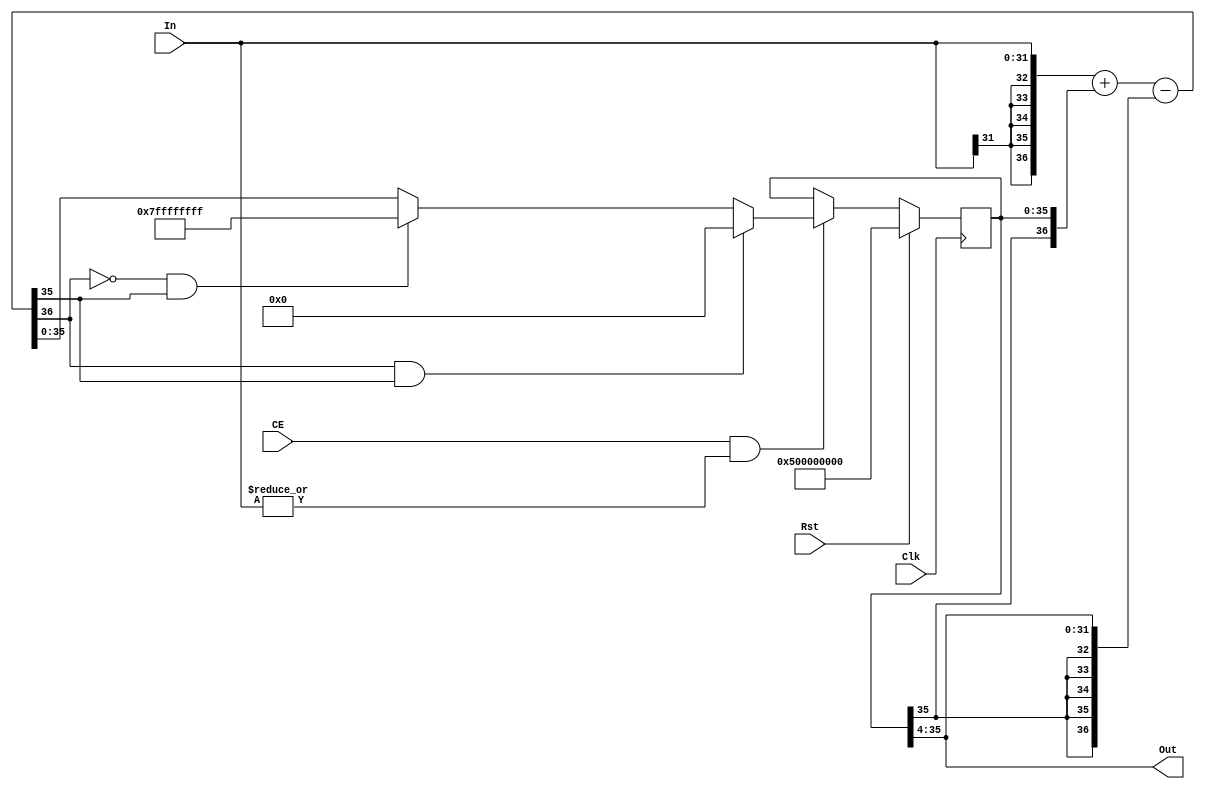
`timescale 1ns / 1ps
//////////////////////////////////////////////////////////////////////////////////
// Company: AUToronto
// 
// Design Name: Sync Trigger Signal Generator
// Module Name: VCODriveFilter
// Project Name: Sync Board
// Target Devices: Arty-Z7-20
// Tool Versions: Vivado 2021.2
// Description: Generation of 20 Hz (variable freq) 
// square signal for camera system.
// 
// Dependencies: DPLLv2.v
//               VCODriveFilter.v
//               divider.v
//               const.xdc
// 
// Revision:
// Revision 0.01 - File Created
// Additional Comments:
// 
//////////////////////////////////////////////////////////////////////////////////


module NCO (Rst, Clk, CE, In, Out);
// Local Signals and parameters
parameter pWidth = 32;
parameter pAlpha = 4;
parameter pDefaultValue = 32'h5000_0000;  // 10MHz@32MHz

    input  Rst;
    input  Clk;
    input  CE;
    input  [(pWidth - 1):0] In;
    output [(pWidth - 1):0] Out;
    wire    Hold;
    wire    [(pWidth + pAlpha):0] A, B, C;
    wire    [(pWidth + pAlpha):0] Sum;
    wire    CY, OV, UV;
    wire    [(pWidth + pAlpha - 1):0] rYIn;
    reg     [(pWidth + pAlpha - 1):0] rY;

assign Hold = ~|In;
assign A = {{(pAlpha+1){In[(pWidth-1)]}}, In}; 
assign B = {rY[(pWidth+pAlpha-1)], rY};      
assign C = {{(pAlpha+1){rY[(pWidth+pAlpha-1)]}}, rY[(pWidth+pAlpha-1):pAlpha]};
assign Sum = A + B - C;
assign CY = Sum[(pWidth + pAlpha)];
assign OV = ~CY & Sum[(pWidth + pAlpha - 1)];
assign UV =  CY & Sum[(pWidth + pAlpha - 1)]; 
assign rYIn = ((UV) ? (0) : ((OV) ? ((1 << (pWidth + pAlpha - 1)) - 1)
                                  : Sum));

always @(posedge Clk)
begin
    if(Rst)
        #1 rY <= #1 {pDefaultValue, {(pAlpha){1'b0}}};
    else if(CE & ~Hold)
        #1 rY <= #1 rYIn[(pWidth + pAlpha - 1):0];
end
assign Out = rY[(pWidth + pAlpha - 1):pAlpha];
endmodule